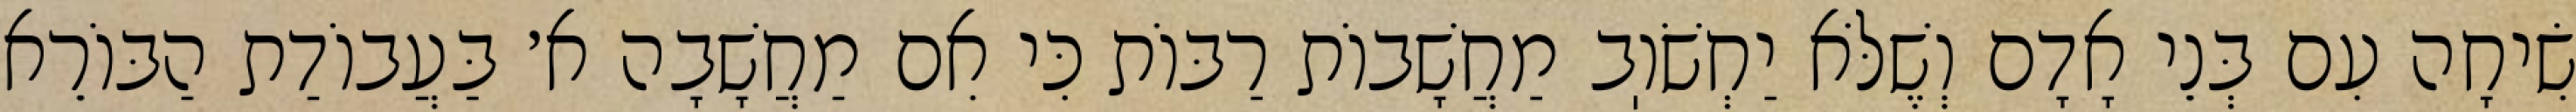
שִׂיחָה עִם בְּנֵי אָדָם וְשֶׁלֹּא יַחְשֹׁוֽב מַחֲשָׁבוֹת רַבּוֹת כִּי אִם מַחֲשָׁבָה א׳ בַּעֲבוֹדַת הַבּוֹרֵא